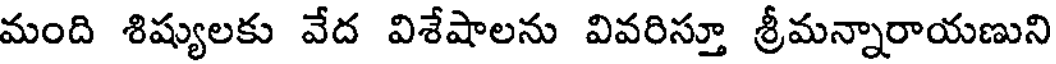
మంది శిష్యులకు వేద విశేషాలను వివరిస్తూ శ్రీమన్నారాయణుని